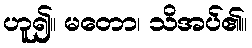
ဟူ၍။ မတော၊ သိအပ်၏။